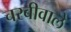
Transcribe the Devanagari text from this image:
चरबीवाले